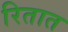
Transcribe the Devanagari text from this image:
रितात